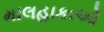
માલહાકાઓ